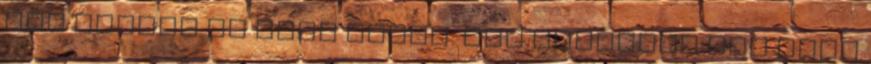
még vissza is kéne érnem. Még ebédelni sem volt